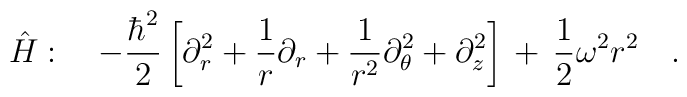
\hat{H}:\ \ \ -\frac{\hbar^2}{2}\left[\partial^2_r+\frac{1}{r}\partial_r+\frac{1}{r^2}\partial^2_\theta+\partial^2_z\right]\,+\,\frac{1}{2}\omega^2r^2\ \ \ .